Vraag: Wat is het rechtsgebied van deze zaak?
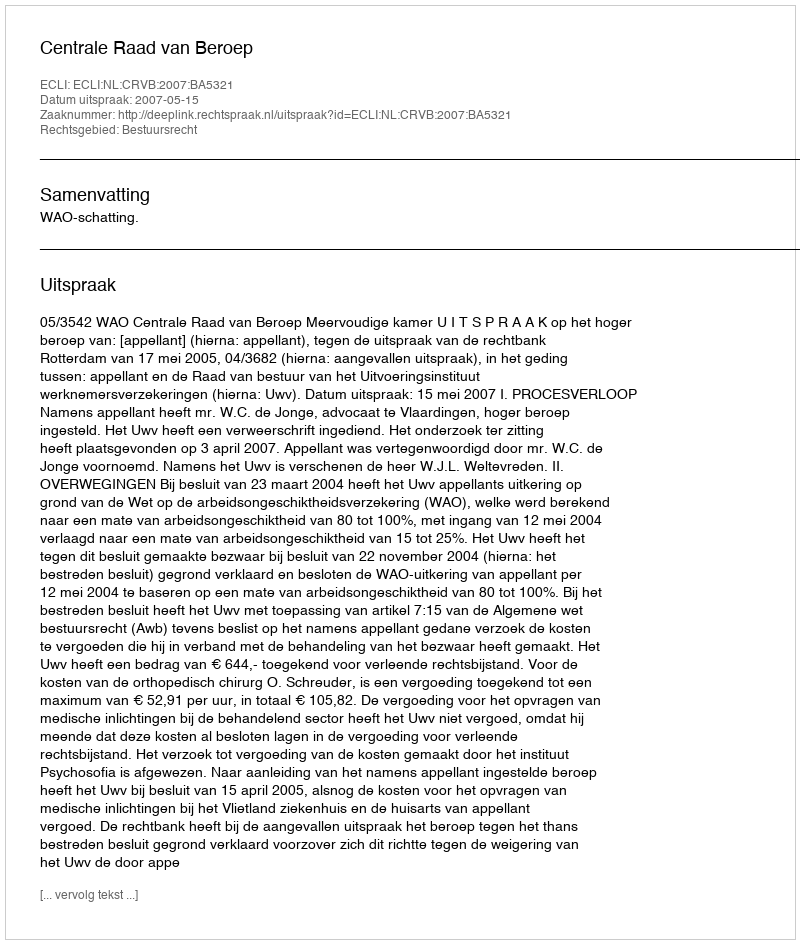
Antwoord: Bestuursrecht